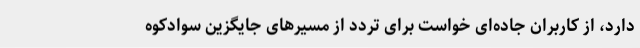
دارد، از کاربران جاده‌ای خواست برای تردد از مسیرهای جایگزین سوادکوه